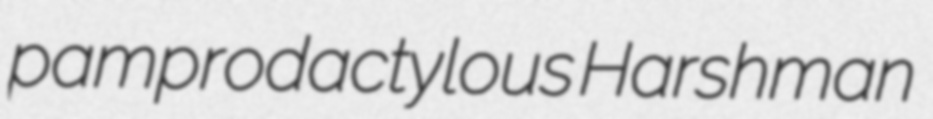
pamprodactylous Harshman